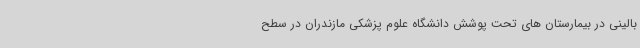
بالینی در بیمارستان های تحت پوشش دانشگاه علوم پزشکی مازندران در سطح